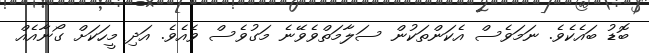
ބޮޑު ބައެކެވެ. ނަމަވެސް އެކަންތަކުން ސަލާމަތްވެވޭނެ މަގުވެސް ވެއެވެ. އަދި މީހަކަށް ގޯނާއެއް